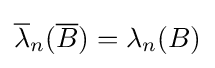
{\overline {\lambda }}_{n}({\overline {B}})=\lambda _{n}(B)